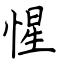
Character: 惺